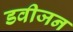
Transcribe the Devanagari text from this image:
डवीजन